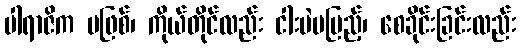
ပါရာဇိက မဖြစ်၊ ကိုယ်တိုင်လည်း ငါးပဲမပြည့်၊ စေခိုင်းခြင်းလည်း